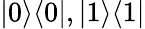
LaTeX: |0\rangle\langle 0|,|1\rangle\langle 1|